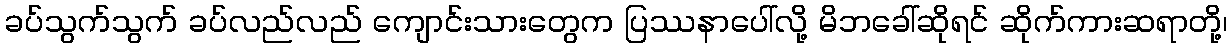
ခပ်သွက်သွက် ခပ်လည်လည် ကျောင်းသားတွေက ပြဿနာပေါ်လို့ မိဘခေါ်ဆိုရင် ဆိုက်ကားဆရာတို့၊